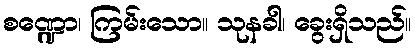
စဏ္ဍော၊ ကြမ်းသော။ သုနခါ၊ ခွေးရှိသည်။